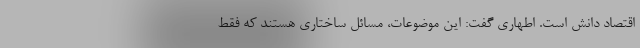
اقتصاد دانش است. اطهاری گفت: این موضوعات، مسائل ساختاری هستند که فقط